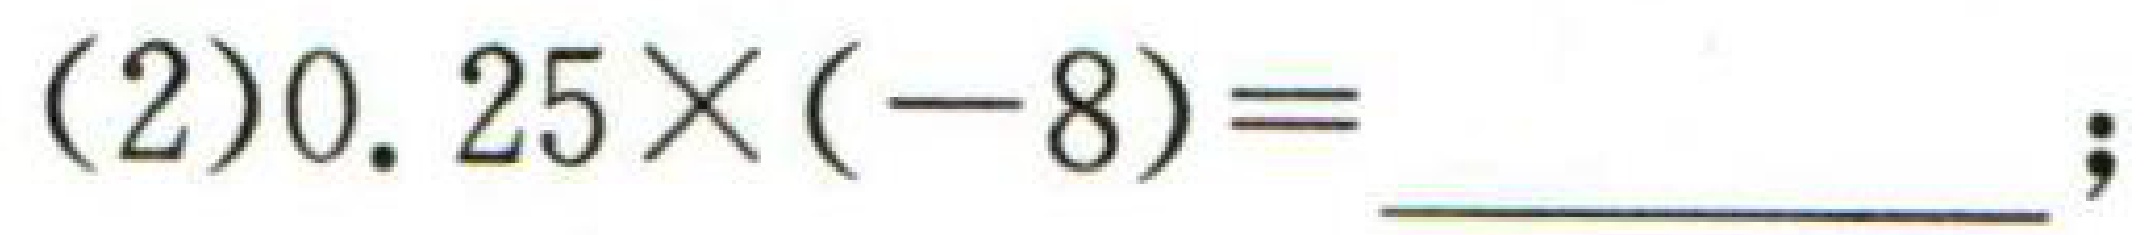
(2)$0.25\times(-8)=\underline{\qquad\qquad}$;